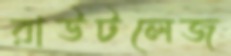
রাউটলেজ